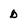
Character: D